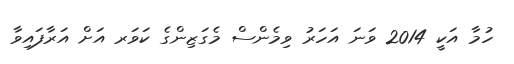
ހުމާ އަކީ 2014 ވަނަ އަހަރު ވިމެންސް މެގަޒިންގެ ކަވަރ އަށް އަރާފައިވާ